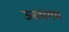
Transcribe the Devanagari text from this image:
ऊरुभंगम